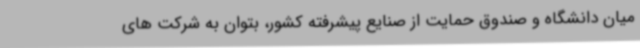
میان دانشگاه و صندوق حمایت از صنایع پیشرفته کشور، بتوان به شرکت های